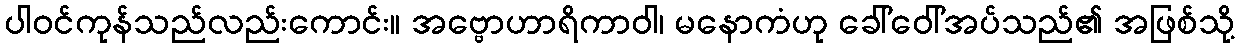
ပါဝင်ကုန်သည်လည်းကောင်း။ အဗ္ဗောဟာရိကာဝါ၊ မနောကံဟု ခေါ်ဝေါ်အပ်သည်၏ အဖြစ်သို့